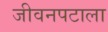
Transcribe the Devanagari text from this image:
जीवनपटाला